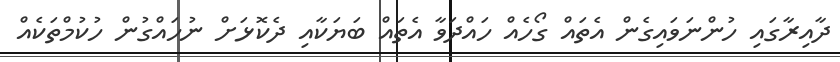
ދާއިރާގައި ހުންނަވައިގެން އެތައް ގޯހެއް ހައްދަވާ އެތައް ބަޔަކާއި ދެކޮޅަށް ނުހައްގުން ހުކުމްތަކެއް